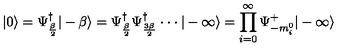
| 0 \rangle = \Psi _ { \frac { \beta } { 2 } } ^ { \dagger } | - \beta \rangle = \Psi _ { \frac { \beta } { 2 } } ^ { \dagger } \Psi _ { \frac { 3 \beta } { 2 } } ^ { \dagger } \cdot \cdot \cdot | - \infty \rangle = \prod _ { i = 0 } ^ { \infty } \Psi _ { - m _ { i } ^ { 0 } } ^ { + } | - \infty \rangle